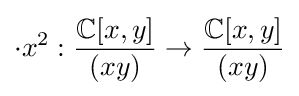
\cdot x^{2}:{\frac {\mathbb {C} [x,y]}{(xy)}}\to {\frac {\mathbb {C} [x,y]}{(xy)}}